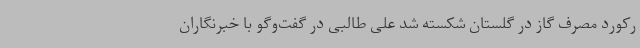
رکورد مصرف گاز در گلستان شکسته شد علی طالبی در گفت‌وگو با خبرنگاران